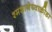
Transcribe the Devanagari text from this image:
श्मशानेष्वाक्रीडा